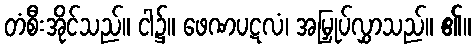
တံစီးအိုင်သည်။ ငါ၌။ ဖေဏပဋလံ၊ အမြှုပ်လွှာသည်။ ၏။